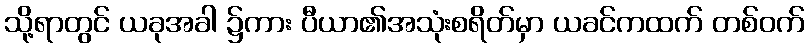
သို့ရာတွင် ယခုအခါ ၌ကား ပီယာ၏အသုံးစရိတ်မှာ ယခင်ကထက် တစ်ဝက်